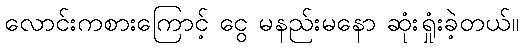
လောင်းကစားကြောင့် ငွေ မနည်းမနော ဆုံးရှုံးခဲ့တယ်။